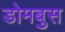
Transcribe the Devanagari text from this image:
डोमबुस